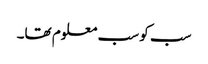
سب کو سب معلوم تھا۔